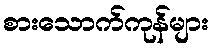
စားသောက်ကုန်များ